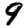
Digit: 9